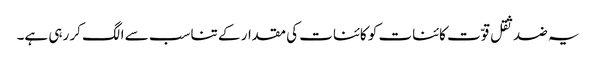
یہ ضد ثقل قوّت کائنات کو کائنات کی مقدار کے تناسب سے الگ کر رہی ہے۔